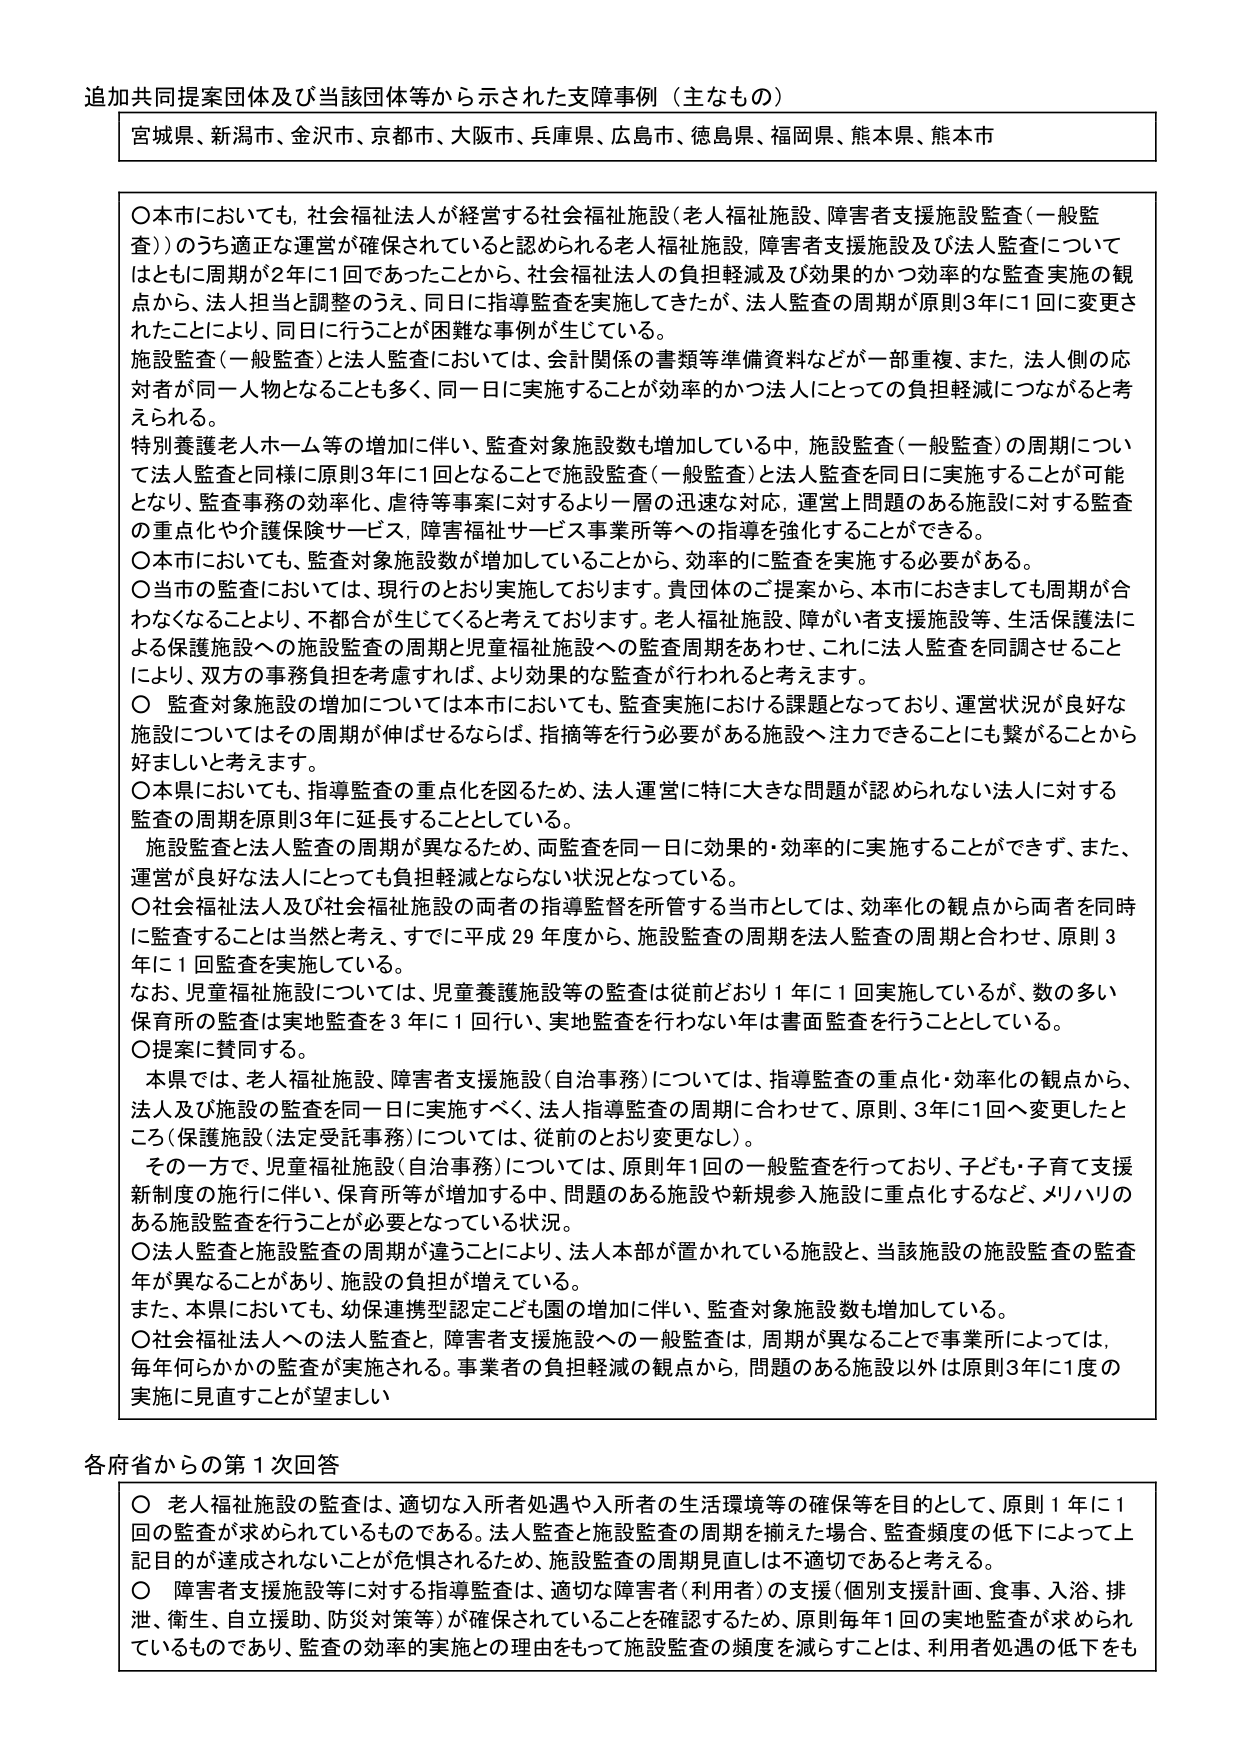
追加共同提案団体及び当該団体等から示された支援事例（主なもの）

宮城県、新潟市、金沢市、京都市、大阪市、兵庫県、広島市、徳島県、福岡県、熊本県、熊本市

〇本市においても、社会福祉法人が経営する社会福祉施設（老人福祉施設、障害者支援施設監査（一般監査））のうち適正な運営が確保されていると認められる老人福祉施設、障害者支援施設及び法人監査についてはともに周期が2年に1回であったことから、社会福祉法人の負担軽減及び効果的かつ効率的な監査実施の観点から、法人担当と調整のうえ、同日に指導監査を実施してきたが、法人監査の周期が原則3年に1回に変更されたことにより、同日に行うことが困難な事例が生じている。

施設監査（一般監査）と法人監査においては、会計関係の書類等準備資料などが一部重複、また、法人側の応対者が同一人物となることも多く、同一日に実施することが効率的かつ法人にとっての負担軽減につながると考えられる。

特別養護老人ホーム等の増加に伴い、監査対象施設数も増加している中、施設監査（一般監査）の周期について法人監査と同様に原則3年に1回となることで施設監査（一般監査）と法人監査を同日に実施することが可能となり、監査事務の効率化、虐待等事案に対するより一層の迅速な対応、運営上問題のある施設に対する監査の重点化や介護保険サービス、障害福祉サービス事業所等への指導を強化することができる。

〇本市においても、監査対象施設数が増加していることから、効率的に監査を実施する必要がある。

〇当市の監査においては、現行のとおり実施しております。貴団体のご提案から、本市におきましても周期が合わなくなることにより、不都合が生じてくると考えております。老人福祉施設、障がい者支援施設等、生活保護法による保護施設への施設監査の周期と児童福祉施設への監査周期をあわせ、これに法人監査を同調させることにより、双方の事務負担を考慮すれば、より効果的な監査が行われると考えます。

〇監査対象施設の増加については本市においても、監査実施における課題となっており、運営状況が良好な施設についてはその周期が伸ばせるならば、指摘等を行う必要がある施設へ注力できることにも繋がることから好ましいと考えます。

〇本県においても、指導監査の重点化を図るため、法人運営に特に大きな問題が認められない法人に対する監査の周期を原則3年に延長することとしている。

施設監査と法人監査の周期が異なるため、両監査を同一日に効果的・効率的に実施することができず、また、運営が良好な法人にとっても負担軽減とならない状況となっている。

〇社会福祉法人及び社会福祉施設の両者の指導監督を所管する当市としては、効率化の観点から両者を同時に監査することは当然と考え、すでに平成29年度から、施設監査の周期を法人監査の周期と合わせ、原則3年に1回監査を実施している。

なお、児童福祉施設については、児童養護施設等の監査は従前どおり1年に1回実施しているが、数の多い保育所の監査は実地監査を3年に1回行い、実地監査を行わない年は書面監査を行うこととしている。

〇提案に賛同する。

本県では、老人福祉施設、障害者支援施設（自治事務）については、指導監査の重点化・効率化の観点から、法人及び施設の監査を同一日に実施すべく、法人指導監査の周期に合わせて、原則、3年に1回へ変更したところ（保護施設（法定受託事務）については、従前どおり変更なし）。

その一方で、児童福祉施設（自治事務）については、原則年1回の一般監査を行っており、子ども・子育て支援新制度の施行に伴い、保育所等が増加する中、問題のある施設や新規参入施設に重点化するなど、メリハリのある施設監査を行うことが必要となっている状況。

〇法人監査と施設監査の周期が違うことにより、法人本部が置かれている施設と、当該施設の施設監査の監査年が異なることがあり、施設の負担が増えている。

また、本県においても、幼保連携型認定こども園の増加に伴い、監査対象施設数も増加している。

〇社会福祉法人への法人監査と、障害者支援施設への一般監査は、周期が異なることで事業所によっては、毎年何らかの監査が実施される。事業者の負担軽減の観点から、問題のある施設以外は原則3年に1度の実施に見直すことが望ましい

各府省からの第1次回答

〇老人福祉施設の監査は、適切な入所者処遇や入所者の生活環境等の確保等を目的として、原則1年に1回の監査が求められているものである。法人監査と施設監査の周期を揃えた場合、監査頻度の低下によって上記目的が達成されないことが危惧されるため、施設監査の周期見直しは不適切であると考える。

〇障害者支援施設等に対する指導監査は、適切な障害者（利用者）の支援（個別支援計画、食事、入浴、排泄、衛生、自立援助、防災対策等）が確保されていることを確認するため、原則毎年1回の実地監査が求められているものであり、監査の効率的実施との理由をもって施設監査の頻度を減らすことは、利用者処遇の低下をも